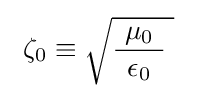
\ \zeta _{0}\equiv {\sqrt {{\frac {\ \mu _{0}\ }{\epsilon _{0}}}\;}}\